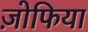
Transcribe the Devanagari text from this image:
ज़ोफिया